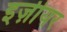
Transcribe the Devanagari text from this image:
इज़ीयर